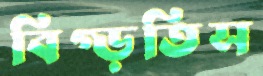
বিগ্‌ড়তিস